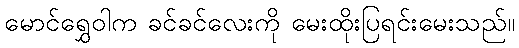
မောင်ရွှေဝါက ခင်ခင်လေးကို မေးထိုးပြရင်းမေးသည်။